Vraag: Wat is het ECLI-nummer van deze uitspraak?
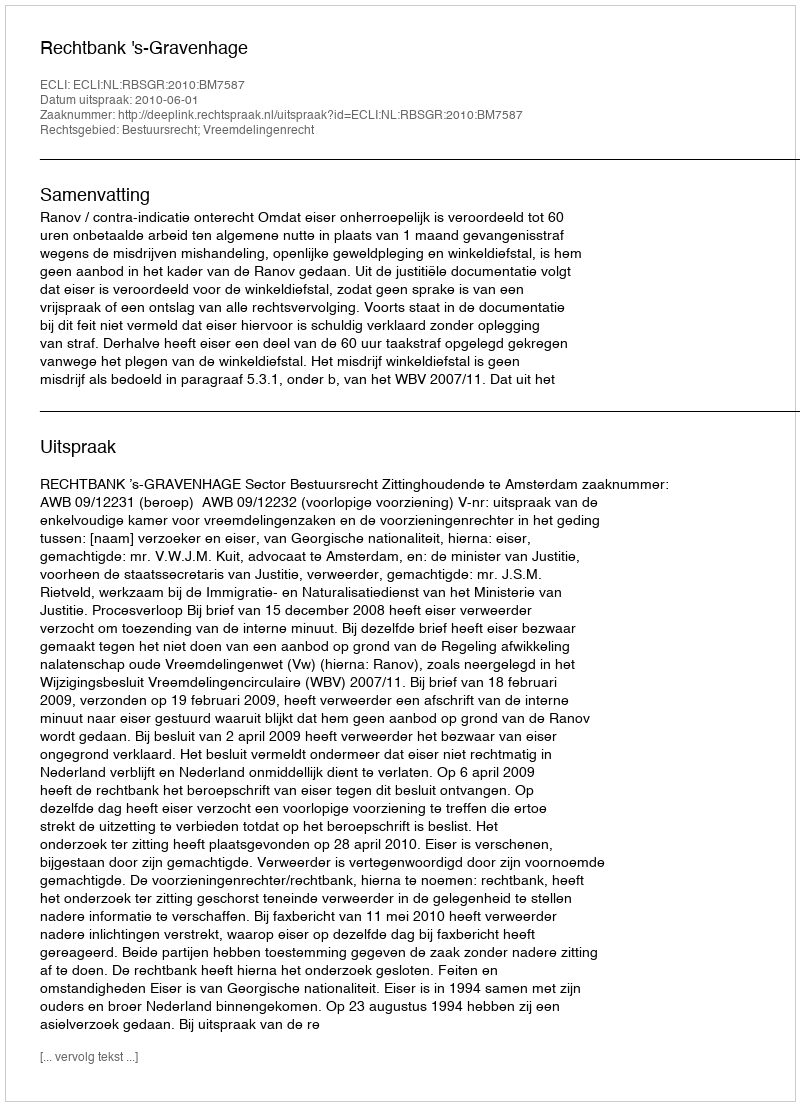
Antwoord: ECLI:NL:RBSGR:2010:BM7587